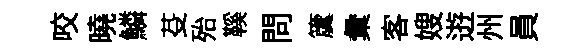
咬曉鱗芟殆鞵問𥵂彙客嫂逰州員